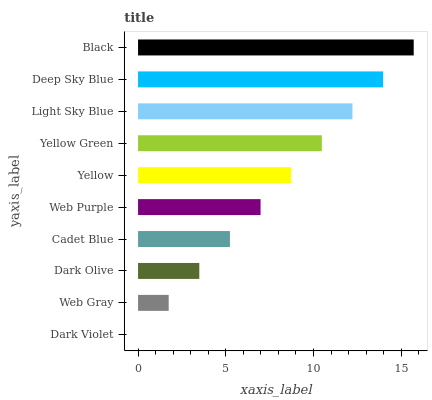
| yaxis_label | bars |
 | --- | --- |
 | Dark Violet | 0 |
 | Web Gray | 1.75 |
 | Dark Olive | 3.49 |
 | Cadet Blue | 5.24 |
 | Web Purple | 6.98 |
 | Yellow | 8.73 |
 | Yellow Green | 10.5 |
 | Light Sky Blue | 12.2 |
 | Deep Sky Blue | 14 |
 | Black | 15.7 |